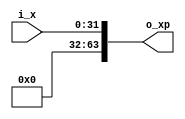
//////////////////////////////////////////////////////////////////////////////////
// Company       : TSU
// Engineer      : 
// 
// Project Name  : 
// Design Name   : 
// Description   : 
//                
// 
// Dependencies  : 
// 
// Revision      : 
//                 - V1.0 File Created
// Additional Comments:
// 
//////////////////////////////////////////////////////////////////////////////////
// 
// WARNING: THIS FILE IS AUTOGENERATED
// ANY MANUAL CHANGES WILL BE LOST

`timescale 1ns/1ps
module Expand1_n1o2k32(
    input  wire [31:0] i_x,
    output wire [63:0] o_xp);


// ------------------------------------------------------------------------------
// for(i=0;i<1;i++)
// {
//   xp[i]=x[i];
// }
// ------------------------------------------------------------------------------
assign o_xp[ 0+:32] = i_x[ 0+:32];


// ------------------------------------------------------------------------------
// for(i=1;i<2;i++)
// {
//   xp[i]=0;
// }
// ------------------------------------------------------------------------------
assign o_xp[32+:32] = 32'd0;


endmodule